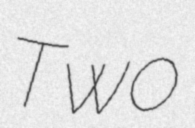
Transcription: Two